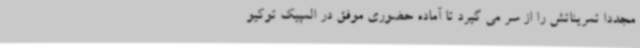
مجددا تمریناتش را از سر می گیرد تا آماده حضوری موفق در المپیک توکیو